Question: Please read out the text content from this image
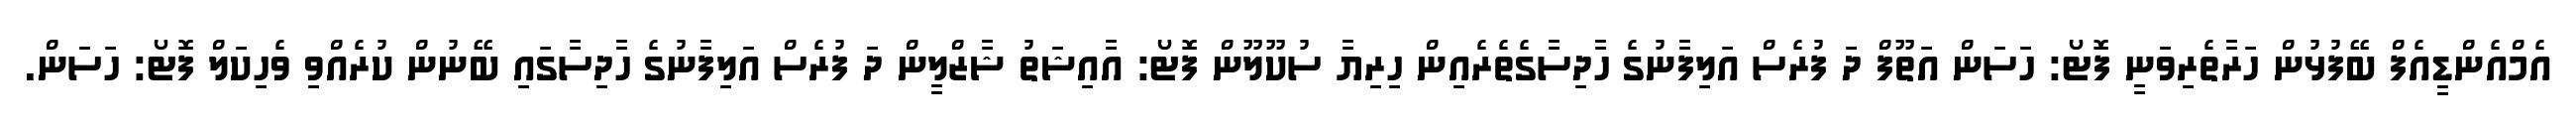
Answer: އެމްއެންޑީއެފް ބޭފުޅުން ހަރާތެރިވަނީ ފޮޓޯ: ހަސަން އަތޫފް ދަ ފުރެސް އަލިފާނުގެ ހާދިސާގެތެރެއިން ހިރިޔާ ސުކޫލޫން ފޮޓޯ: އާއިޝަތު ޝާޒްލީން ދަ ފުރެސް އަލިފާނުގެ ހާދިސާގައި ބޭނުން ކުރެއްވި ވެހިކަލް ފޮޓޯ: ހަސަން.